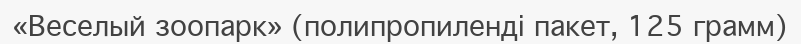
«Веселый зоопарк» (полипропиленді пакет, 125 грамм)